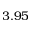
3 . 9 5